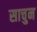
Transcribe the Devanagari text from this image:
साचुन